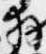
拝